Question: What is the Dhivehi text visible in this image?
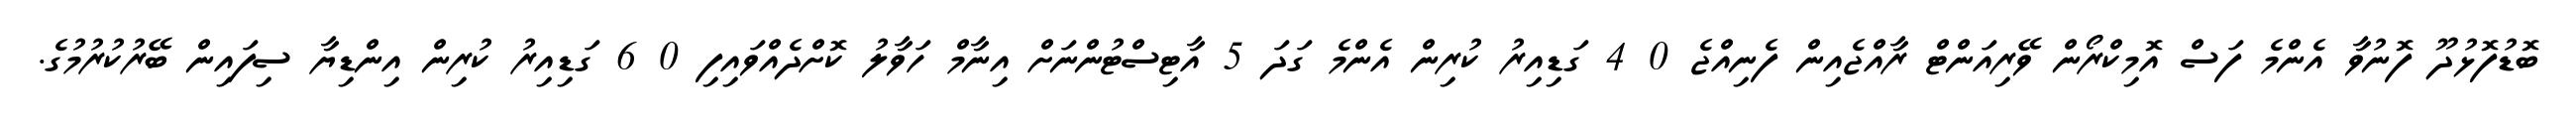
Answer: ބޮޑުފޮޅުދޫ ފޮނުވާ އެންމެ ފަސް އޮމިކްރޯން ވޭރިއަންޓް ރާއްޖެއިން ފެނިއްޖެ 0 4 ގަޑިއިރު ކުރިން އެންމެ ގަދަ 5 އާޓިސްޓުންނަށް އިނާމް ހަވާލު ކޮށްދެއްވައިފި 0 6 ގަޑިއިރު ކުރިން އިންޑިޔާ ސިފައިން ބޭރުކުރުމުގެ.